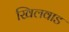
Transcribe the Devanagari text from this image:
खिलवाड